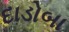
દાડોબા